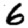
Digit: 6